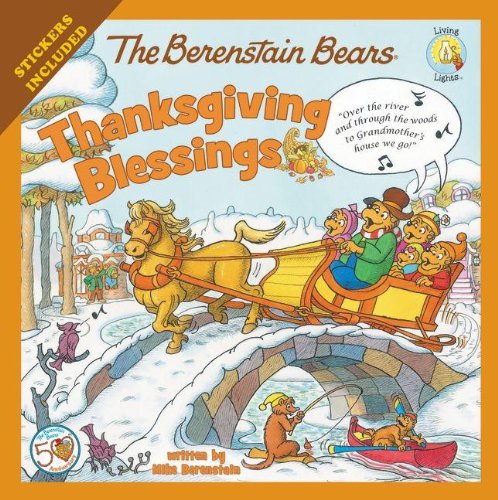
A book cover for The Berenstain Bears Thanksgiving Blessings (Berenstain Bears/Living Lights); Mike Berenstain; Education & Teaching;